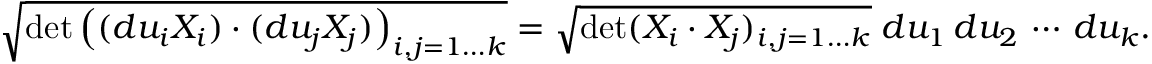
{ \sqrt { \operatorname* { d e t } \left( ( d u _ { i } X _ { i } ) \cdot ( d u _ { j } X _ { j } ) \right) _ { i , j = 1 \dots k } } } = { \sqrt { \operatorname* { d e t } ( X _ { i } \cdot X _ { j } ) _ { i , j = 1 \dots k } } } \; d u _ { 1 } \, d u _ { 2 } \, \cdots \, d u _ { k } .